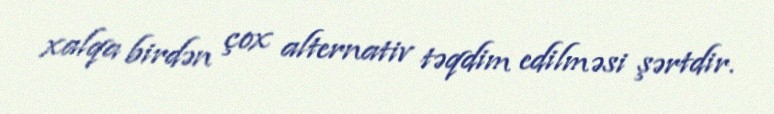
xalqa birdən çox alternativ təqdim edilməsi şərtdir.